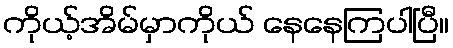
ကိုယ့်အိမ်မှာကိုယ် နေနေကြပါပြီ။